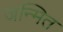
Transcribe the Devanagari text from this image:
जन्मित